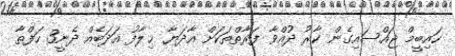
ހައިބީމް ޖައްސައިގެން ކާރު ދުއްވާ ފަރާތްތަކަށް އާދަޔާ ޚިލާފު އަދަބެއް ދެނީ3 ހަފްތާ